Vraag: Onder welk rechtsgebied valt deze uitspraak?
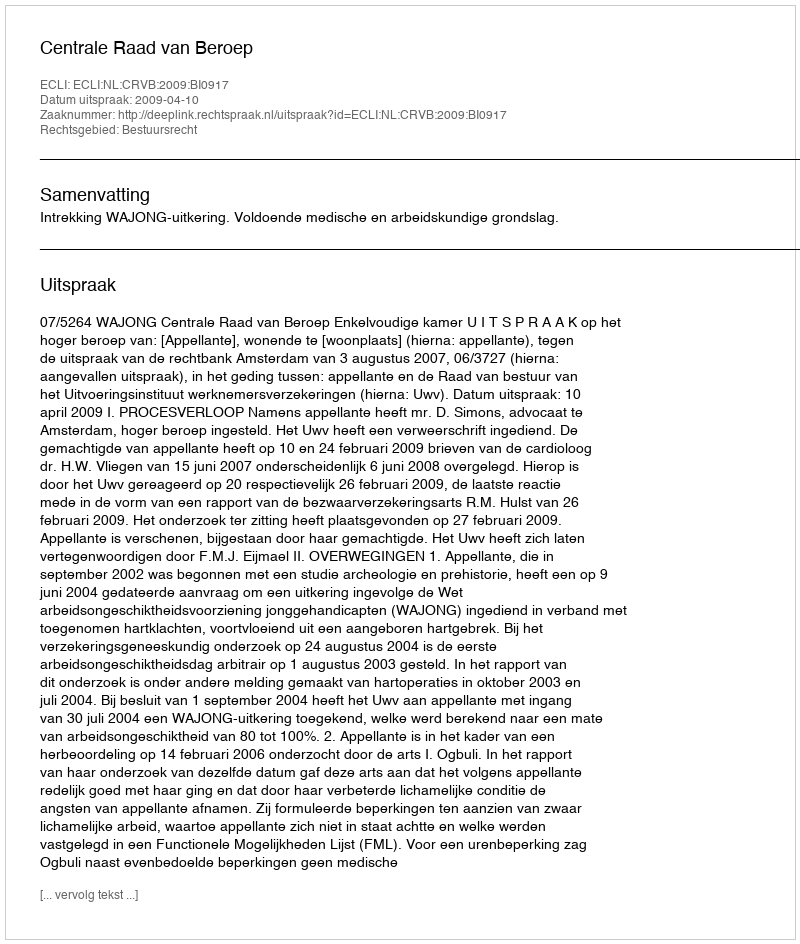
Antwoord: Bestuursrecht